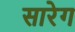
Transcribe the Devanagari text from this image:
सारेग